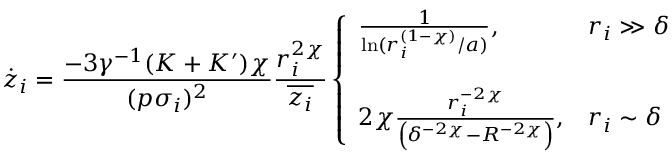
\dot { z } _ { i } = \frac { - 3 \gamma ^ { - 1 } ( K + K ^ { \prime } ) \chi } { ( p \sigma _ { i } ) ^ { 2 } } \frac { r _ { i } ^ { 2 \chi } } { \overline { { z _ { i } } } } \left\{ \begin{array} { l l } { \frac { 1 } { \ln ( r _ { i } ^ { ( 1 - \chi ) } / a ) } , } & { r _ { i } \gg \delta } \\ { ~ } \\ { 2 \chi \frac { r _ { i } ^ { - 2 \chi } } { \left( \delta ^ { - 2 \chi } - R ^ { - 2 \chi } \right) } , } & { r _ { i } \sim \delta } \end{array} \right.